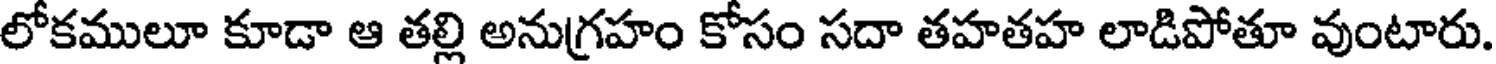
లోకములూ కూడా ఆ తల్లి అనుగ్రహం కోసం సదా తహతహ లాడిపోతూ వుంటారు.